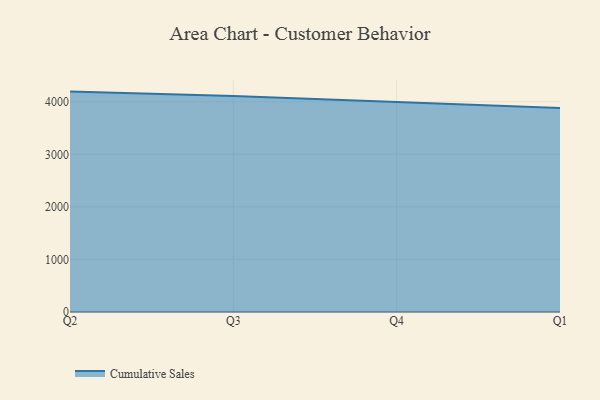
{"axis": {"x": "Quarter", "y": "Tickets Resolved"}, "legend": ["Cumulative Sales"], "data": [{"x": "Q2", "y": 4193.1, "type": "Cumulative Sales"}, {"x": "Q3", "y": 4111.5, "type": "Cumulative Sales"}, {"x": "Q4", "y": 3995.4, "type": "Cumulative Sales"}, {"x": "Q1", "y": 3881.6, "type": "Cumulative Sales"}]}